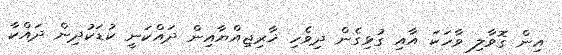
އިން ގޮވާލި ވާހަކަ އާއި ގުޅިގެން ދިވެހި ޚާރިޖިއްޔާއިން ދައްކަނީ ކުޑަކުދިން ދައްކާ